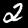
Label: 2